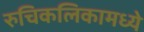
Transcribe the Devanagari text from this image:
रुचिकलिकामध्ये